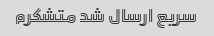
سریع ارسال شد متشکرم